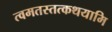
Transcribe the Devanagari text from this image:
त्वमतस्तत्कथयामि